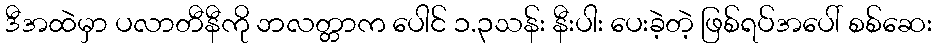
ဒီအထဲမှာ ပလာတီနီကို ဘလတ္တာက ပေါင် ၁.၃သန်း နီးပါး ပေးခဲ့တဲ့ ဖြစ်ရပ်အပေါ် စစ်ဆေး